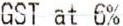
GST AT 6%